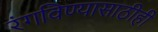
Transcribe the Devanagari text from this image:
रंगविण्यासाठीही